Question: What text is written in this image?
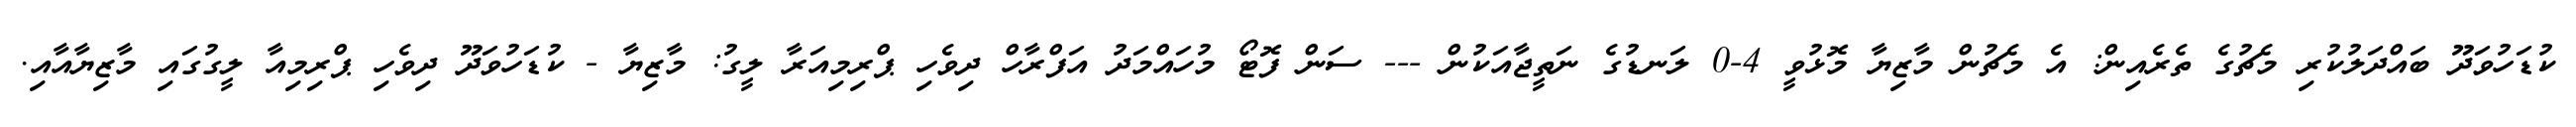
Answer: ކުޑަހުވަދޫ ބައްދަލުކުރި މެޗުގެ ތެރެއިން: އެ މެޗުން މާޒިޔާ މޮޅުވީ 4-0 ލަނޑުގެ ނަތީޖާއަކުން --- ސަން ފޮޓޯ މުހައްމަދު އަފްރާހް ދިވެހި ޕްރިމިއަރާ ލީގު: މާޒިޔާ - ކުޑަހުވަދޫ ދިވެހި ޕްރިމިއާ ލީގުގައި މާޒިޔާއާއި.